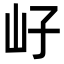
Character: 㞨